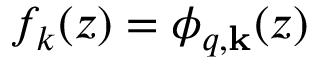
f _ { k } ( z ) = \phi _ { q , \mathbf { k } } ( z )